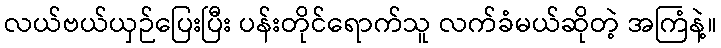
လယ်ဗယ်ယှဉ်ပြေးပြီး ပန်းတိုင်ရောက်သူ လက်ခံမယ်ဆိုတဲ့ အကြံနဲ့။